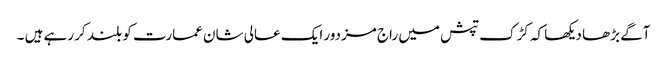
آگے بڑھا دیکھا کہ کڑک تپش میں راج مزدور ایک عالی شان عمارت کو بلند کر رہے ہیں ۔